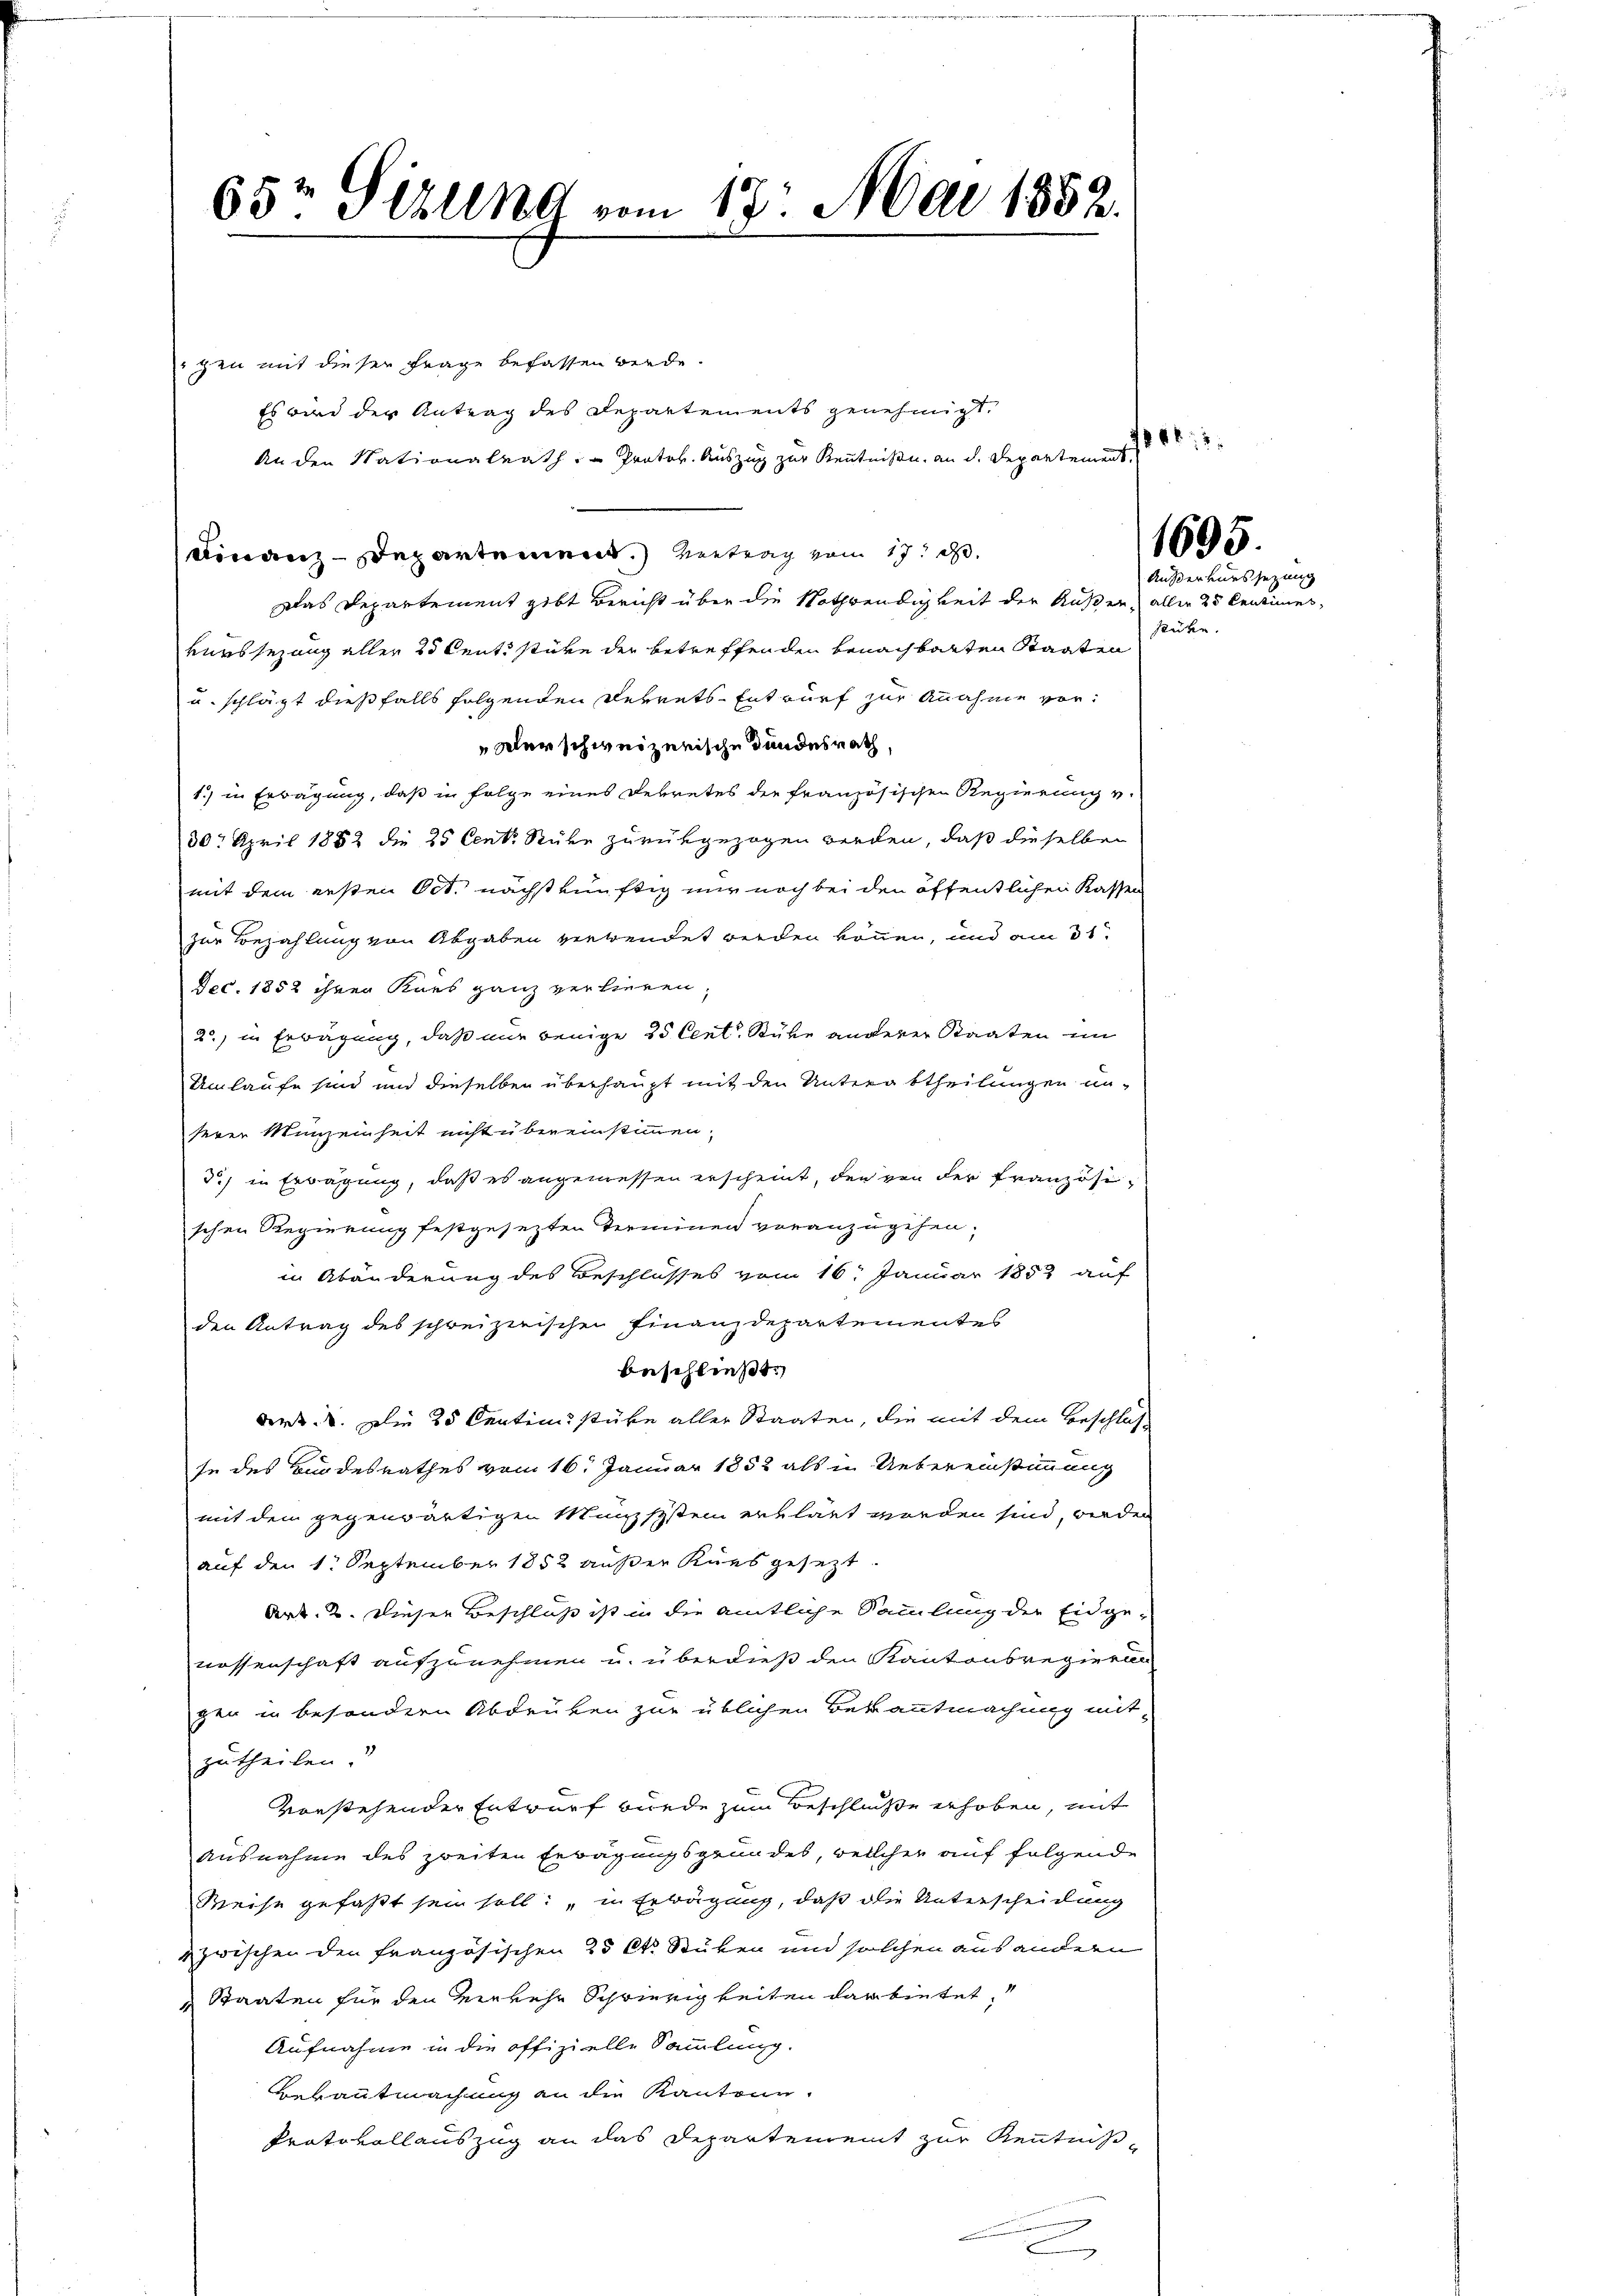
65 Sizung vom 17. Mai 1852.

gen mit dieser Frage befassen werde.
Es wird der Antrag des Departements genehmigt.
Finanz-Departement.) Vertrag vom 17. d.
Das Departement gibt Bericht über die Nothwendigkeit der Außern, aller 25 Centimes,
vurssezung aller 25 Centi stüre der betreffenden benachbarten Staaten
u. schlägt dießfalls folgenden Perrets-Entwurf zur Annahme vor:
Der schweizerische Bundesrath,
1.) in Erwägung, daß in Folge eines Dekretes der französischen Regierung v.
30. April 1882 die 25 Centr Rücke zurükgezogen werden, daß dieselbe
mit dem ersten Oct. nächstkünftig nur noch bei den öffentlichen Kassen
zur Bezahlung von Abgaben verwendet werden können, und am 31.
Dec. 1852 ihren Kurs ganz verlieren,
2) in Erwägung, daß nur wenige 25 Cent. Stube anderer Staaten im
Umlaufe sind und dieselben überhaupt mit den Unterabtheilungen un-
serer Münzenheit nicht übereinstimmen,
3) in Erwägung, daß es angemessen erscheint, den von der Französischen Regierung festgesezten Terminen voranzugehen,
in Abänderung des Beschlusses vom 16. Januar 1853 auf
den Antrag des schweizerischen Finanzdepartementes
beschließt:
wird. V. Die 25 Centimsstüke aller Staaten, die mit dem Beschlus
se des Bundesrathes vom 16. Januar 1852 als in Uebereinstimmung
mit dem gegenwärtigen Münzsystem erklärt worden sind, werden
auf den 1. September 1852 außer Kiesgesezt.
Art. 2. Dieser Beschluß ist in die amtliche Sammlung der Eidge-
nossenschaft aufzunehmen u. überdieß den Kantonsregierung
gen in besondern Abdrüken zur üblichen Bekanntmachung mit
zutheilen.
vorstehender Entwurf wurde zum Beschluße erhoben, mit
Ausnahme des zweiten Erwägungsgrundes, welcher auf folgende
Reise gefaßt sei soll: „in Erwägung, daß die Unterscheidung
zwischen den französischen 25 St. Stüken und solchen aus andern
Staaten für den Verkehr Schwierigkeiten darbietet,
Aufnahme in die offizielle Sammlung.
Bebautmachung an die Kantone.
Protokollauszug an das Departement zur Kenntniß¬

An den Nationalrath. Protok. Auszug zur Kenntniße. an d. Departement.

1661.

1695.

Außerkurssezung
sühe.